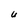
Character: U